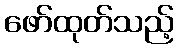
ဖော်ထုတ်သည့်